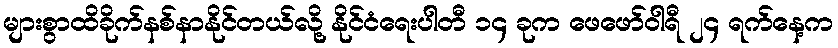
များစွာထိခိုက်နစ်နာနိုင်တယ်လို့ နိုင်ငံရေးပါတီ ၁၄ ခုက ဖေဖော်ဝါရီ ၂၄ ရက်နေ့က